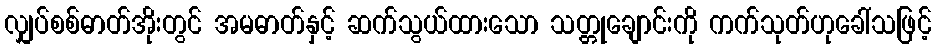
လျှပ်စစ်ဓာတ်အိုးတွင် အမဓာတ်နှင့် ဆက်သွယ်ထားသော သတ္တုချောင်းကို ကက်သုတ်ဟုခေါ်သဖြင့်